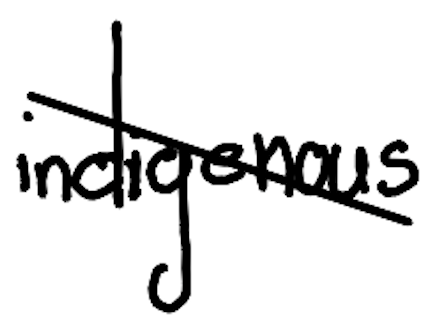
Text: indigenous
Cross-out: diagonal
Writing tool: digital_black